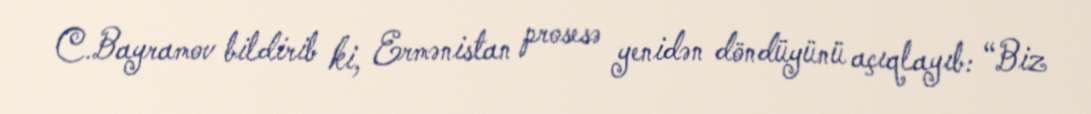
C.Bayramov bildirib ki, Ermənistan prosesə yenidən döndüyünü açıqlayıb: “Biz